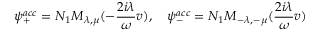
\psi _ { + } ^ { a c c } = N _ { 1 } M _ { \lambda , \mu } ( - \frac { 2 i \lambda } { \omega } v ) , \quad \psi _ { - } ^ { a c c } = N _ { 1 } M _ { - \lambda , - \mu } ( \frac { 2 i \lambda } { \omega } v )